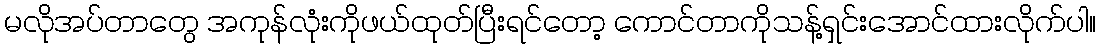
မလိုအပ်တာတွေ အကုန်လုံးကိုဖယ်ထုတ်ပြီးရင်တော့ ကောင်တာကိုသန့်ရှင်းအောင်ထားလိုက်ပါ။